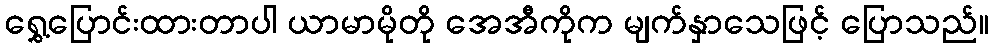
ရွှေ့ပြောင်းထားတာပါ ယာမာမိုတို အေအီကိုက မျက်နှာသေဖြင့် ပြောသည်။